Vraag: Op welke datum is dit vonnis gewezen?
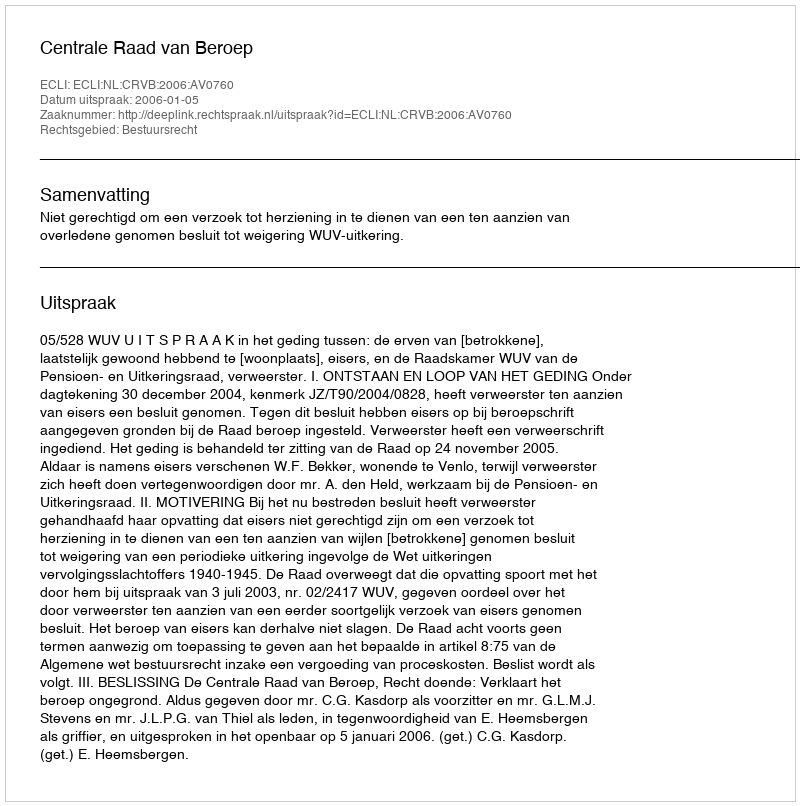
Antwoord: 2006-01-05